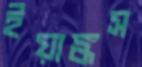
ইয়াঙ্কস